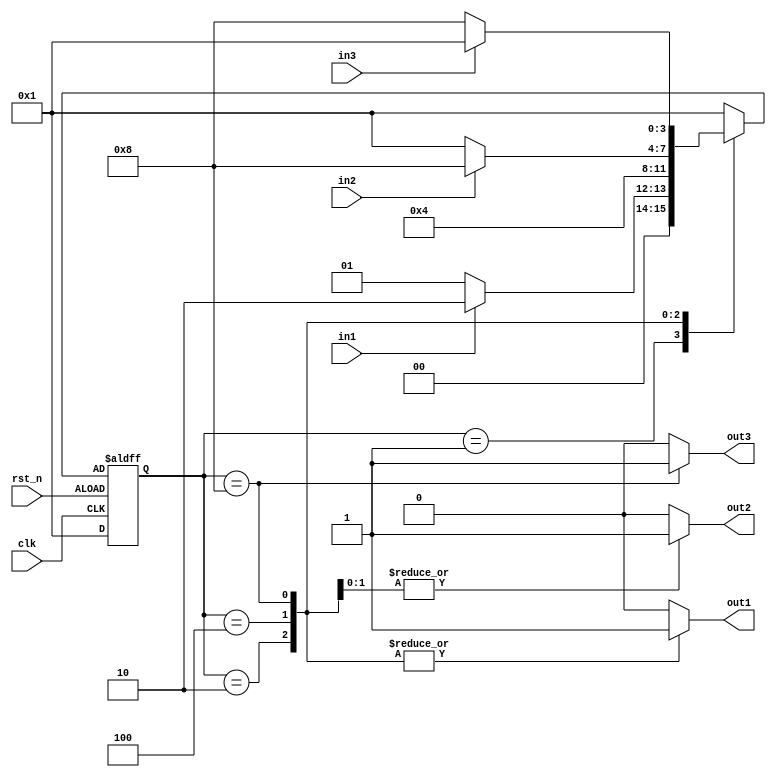
module FSM_style3(
input clk,
input rst_n,
input in1,
input in2,
input in3,
output reg out1,
output reg out2,
output reg out3
);
reg[3:0] state,next_state;
parameter state0 = 4'b0001, state1 = 4'b0010,
          state2 = 4'b0100, state3 = 4'b1000;
// 
always @(state or in1 or in2 or in3) 
  case(state)
    state0:if(in1) //
        next_state<=state1;
      else
        next_state <= state0;
    state1: next_state<=state2;
    state2: if(in2)
        next_state<=state3;
      else
        next_state <= state0;
    state3: if(in3)
        next_state<=state0;
      else
        next_state <= state3;
    default:
      next_state <= state0;
  endcase

//
always @(posedge clk or posedge rst_n)
  if(!rst_n)
    state <= state0;
  else
    state <= next_state;
//
always @(state)
begin
  //
  {out1,out2,out3}=3'b000;
  case(state)
    state1: {out1,out2,out3}=3'b100;
    state2: {out1,out2,out3}=3'b110;
    state3: {out1,out2,out3}=3'b111;
  endcase
end
endmodule